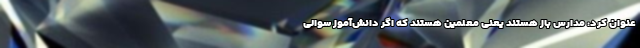
عنوان کرد: مدارس باز هستند یعنی معلمین هستند که اگر دانش‌آموز سوالی